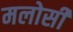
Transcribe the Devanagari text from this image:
मलोसी